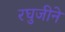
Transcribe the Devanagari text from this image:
रघुजीने